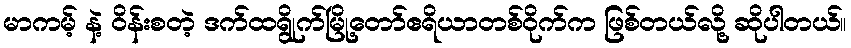
မာကမ့် နဲ့ ဝိန်းစတဲ့ ဒက်ထရွိုက်မြို့တော်ဧရိယာတစ်ဝိုက်က ဖြစ်တယ်လို့ ဆိုပါတယ်။